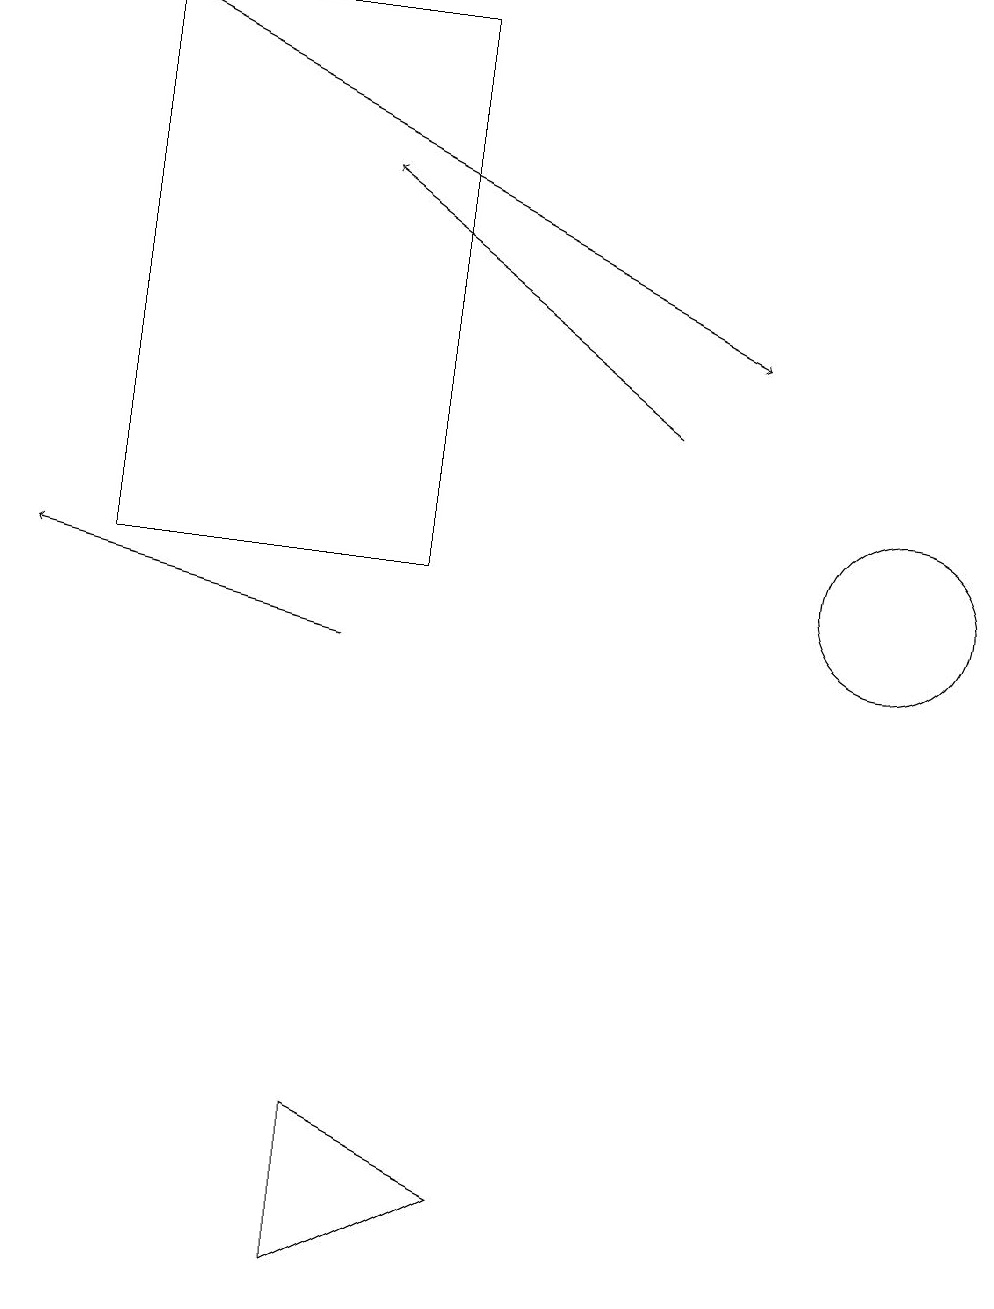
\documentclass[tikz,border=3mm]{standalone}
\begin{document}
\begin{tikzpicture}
\draw[->] (4,10) -- (0,11);
\draw (5,18) rectangle (1,11);
\draw[->] (8,13) -- (4,16);
\draw (4,4) -- (6,3) -- (4,2) -- cycle;
\draw[->] (1,18) -- (9,14);
\draw (11,11) circle (1);
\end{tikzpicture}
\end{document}